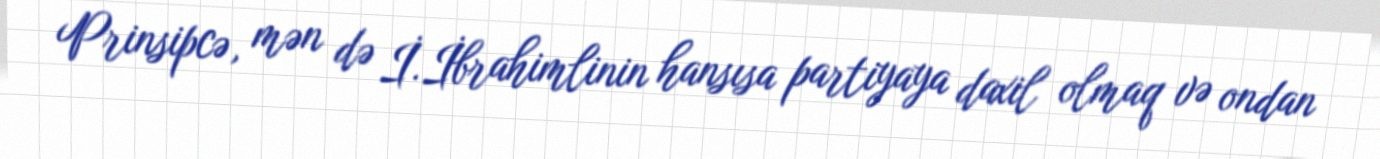
Prinsipcə, mən də İ.İbrahimlinin hansısa partiyaya daxil olmaq və ondan